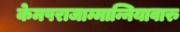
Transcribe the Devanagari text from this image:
केमपराजाम्मान्नियावारु